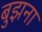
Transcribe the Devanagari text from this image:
बुझना